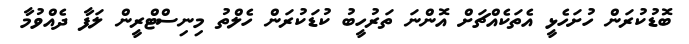
ބޮޑުކުރަން ހުށަހެޅީ އެތަކެއްޗަށް އޮންނަ ތަރުހީބު ކުޑަކުރަން ހެލްތު މިނިސްޓްރީން ލަފާ ދެއްވުމާ